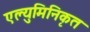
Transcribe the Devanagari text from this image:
एल्युमिनिकृत